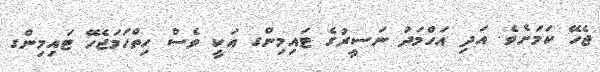
ޖެހޭ ކަމަށެވެ. އަދި އަހްމަދު ނަސީރުގެ ޓައިމިންގ އަކީ ވެސް ހިތްހަމަޖެހޭ ޓައިމިންގ